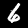
Label: 6